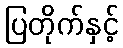
ပြတိုက်နှင့်